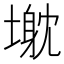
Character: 𱗰